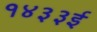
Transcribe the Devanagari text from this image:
१४३३ई